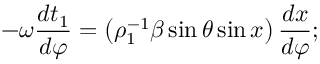
- \omega \frac { d t _ { 1 } } { d \varphi } = \left( \rho _ { 1 } ^ { - 1 } \beta \sin \theta \sin x \right) \frac { d x } { d \varphi } ;